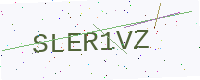
Text: SLER1VZ